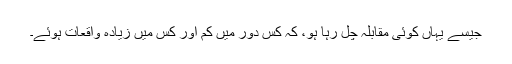
جیسے یہاں کوئی مقابلہ چل رہا ہو، کہ کس دور میں کم اور کس میں زیادہ واقعات ہوئے۔